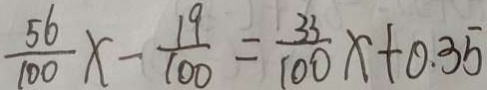
\frac { 5 6 } { 1 0 0 } x - \frac { 1 9 } { 1 0 0 } = \frac { 3 3 } { 1 0 0 } x + 0 . 3 5